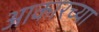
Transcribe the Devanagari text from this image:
आकारच्या